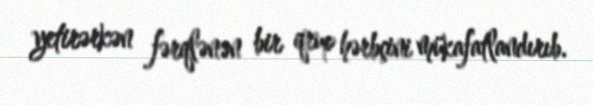
yetirərkən fərqlənən bir qrup hərbçini mükafatlandırıb.